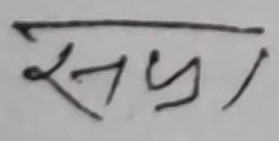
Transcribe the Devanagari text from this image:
सप्रेम